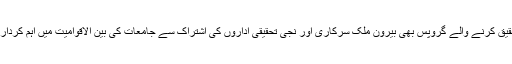
یونیورسٹی میں تحقیق کرنے والے گروپس بھی بیرون ملک سرکاری اور نجی تحقیقی اداروں کی اشتراک سے جامعات کی بین الاقوامیت میں اہم کردار ادا کر سکتے ہیں۔